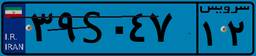
۹۷S۳۷۱۶۵